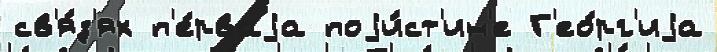
св'я́з'ях п'е́рваjа поjи́ст'ин'е Г'ео́рг'иjа